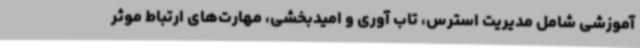
آموزشی شامل مدیریت استرس، تاب آوری و امیدبخشی، مهارت‌های ارتباط موثر